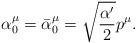
LaTeX: \begin{align*}\alpha_{0}^{\mu} = \bar{\alpha}_{0}^{\mu} =\sqrt{\frac{\alpha^{\prime}}2} p^{\mu} .\end{align*}